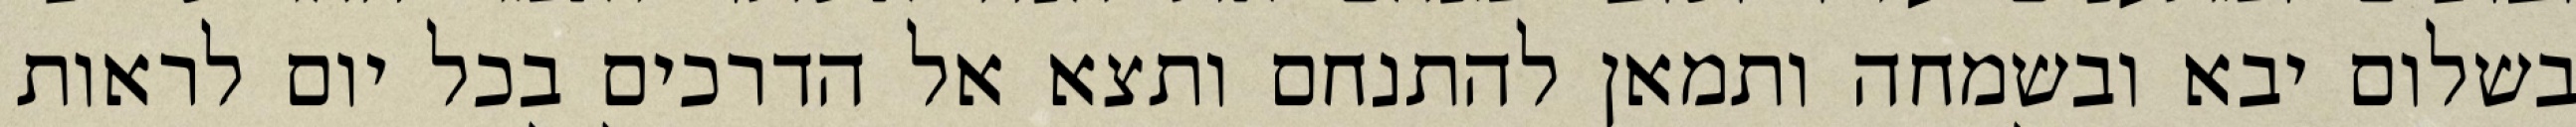
בשלום יבא ובשמחה ותמאן להתנחם ותצא אל הדרכים בכל יום לראות